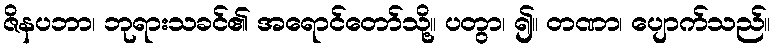
ဇိနပဘာ၊ ဘုရားသခင်၏ အရောင်တော်သို့။ ပတွာ၊ ၍။ တဏာ၊ ပျောက်သည်။